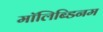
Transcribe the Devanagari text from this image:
मॉलिब्डिनम